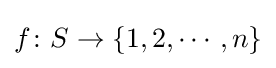
\displaystyle f\colon S\to \{1,2,\cdots ,n\}